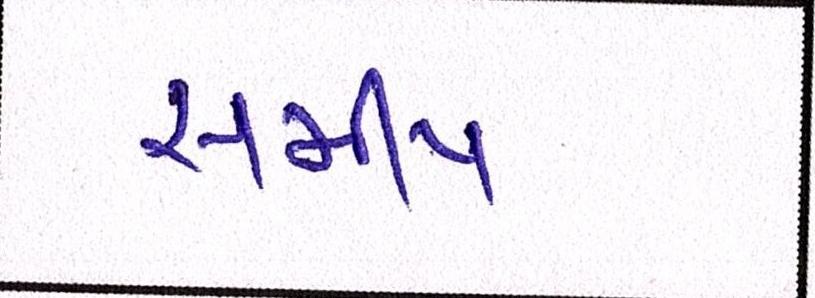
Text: સમીપ